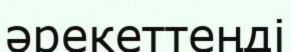
әрекеттеңді